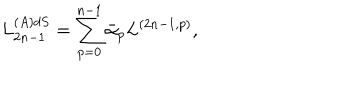
L _ { 2 n - 1 } ^ { ( A ) d S } = \sum _ { p = 0 } ^ { n - 1 } \bar { \alpha } _ { p } L ^ { ( 2 n - 1 , p ) } ,